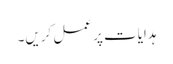
ہدایات پر عمل کریں۔